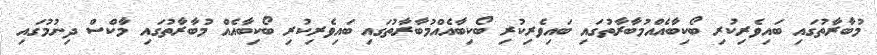
މުބާރާތުގައި ބައިވެރިކުރި ބޯކިބާއެއްމުބާރާތުގައި ބައިވެރިކުރި ބޯކިބާއެއްމުބާރާތުގައި ބައިވެރިކުރި ބޯކިބާއެއް މުބާރާތުގައި މާކްސް ދިނުމުގައި